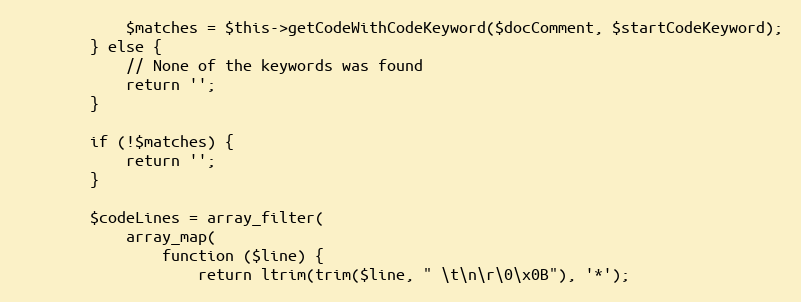
Language: PHP
            $matches = $this->getCodeWithCodeKeyword($docComment, $startCodeKeyword);
        } else {
            // None of the keywords was found
            return '';
        }

        if (!$matches) {
            return '';
        }

        $codeLines = array_filter(
            array_map(
                function ($line) {
                    return ltrim(trim($line, " \t\n\r\0\x0B"), '*');